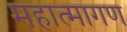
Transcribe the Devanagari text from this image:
महात्मागण